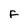
Character: F